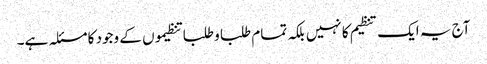
آج یہ ایک تنظیم کا نہیں بلکہ تمام طلبا و طلبا تنظیموں کے وجود کا مسئلہ ہے۔